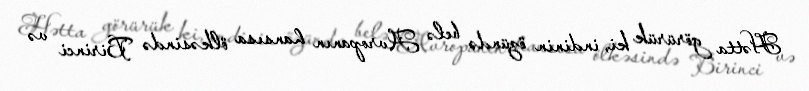
Hətta görürük ki, indinin özündə belə Avropanın hansısa ölkəsində Birinci və